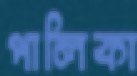
পালিকা